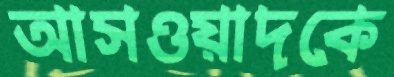
আসওয়াদকে